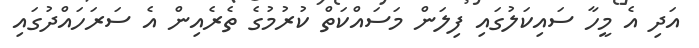
އަދި އެ މީހާ ސައިކަލުގައި ފިލަން މަސައްކަތް ކުރުމުގެ ތެރެއިން އެ ސަރަހައްދުގައި